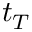
t _ { T }